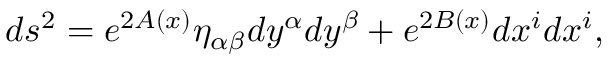
d s ^ { 2 } = e ^ { 2 A ( x ) } \eta _ { \alpha \beta } d y ^ { \alpha } d y ^ { \beta } + e ^ { 2 B ( x ) } d x ^ { i } d x ^ { i } ,